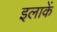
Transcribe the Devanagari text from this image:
इलाकें